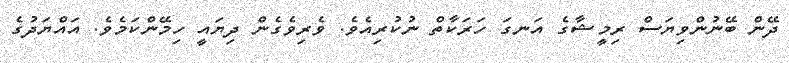
ދޭން ބޭނުންވިޔަސް ރިމީޝާގެ އަނގަ ހަރަކާތް ނުކުރިއެވެ. ވެރިވެގެން ދިޔައީ ހިމޭންކަމެވެ. އައްޔަދުގެ